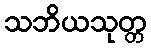
သဘိယသုတ္တ